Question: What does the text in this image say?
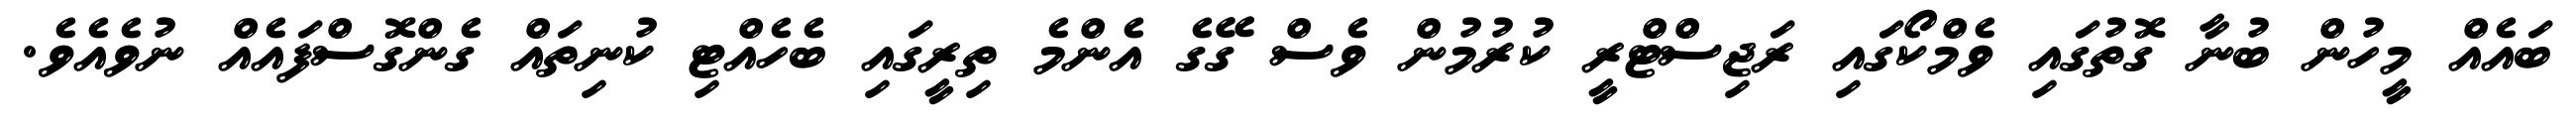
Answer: ބައެއް މީހުން ބުނާ ގޮތުގައި ވެމްކޯގައި ރަޖިސްޓްރީ ކުރުމުން ވެސް ގޭގެ އެންމެ ތިރީގައި ބެހެއްޓި ކުނިތައް ގެންގޮސްފައެއް ނުވެއެވެ.